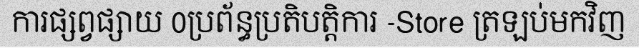
ការផ្សព្វផ្សាយ 0ប្រព័ន្ធប្រតិបត្តិការ -Store ត្រឡប់មកវិញ